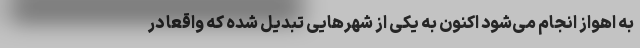
به اهواز انجام می‌شود اکنون به یکی از شهرهایی تبدیل شده که واقعا در